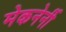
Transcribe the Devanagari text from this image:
मेकनेर्नी